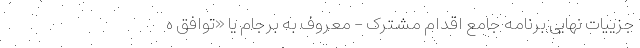
جزییات نهایی برنامه جامع اقدام مشترک - معروف به برجام یا «توافق ه